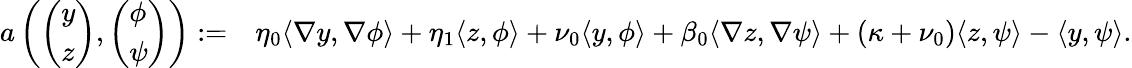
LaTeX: \begin{array}{rl}{a\left(\left(\begin{array}{l}{y}\\ {z}\end{array}\right),\left(\begin{array}{l}{\phi}\\ {\psi}\end{array}\right)\right):=}&{\eta_{0}\langle\nabla y,\nabla\phi\rangle+\eta_{1}\langle z,\phi\rangle+\nu_{0}\langle y,\phi\rangle+\beta_{0}\langle\nabla z,\nabla\psi\rangle+(\kappa+\nu_{0})\langle z,\psi\rangle-\langle y,\psi\rangle.}\end{array}